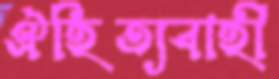
ঐহিত্যবাহী